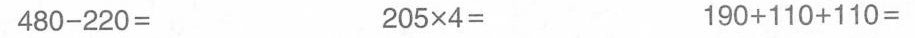
480-220= 205\times4= 190+11+110=